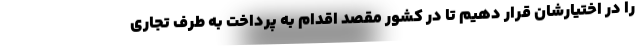
را در اختیارشان قرار دهیم تا در کشور مقصد اقدام به پرداخت به طرف تجاری